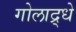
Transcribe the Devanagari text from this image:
गोलाद्र्धे